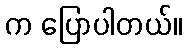
က ပြောပါတယ်။